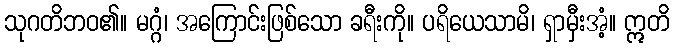
သုဂတိဘဝ၏။ မဂ္ဂံ၊ အကြောင်းဖြစ်သော ခရီးကို။ ပရိယေသာမိ၊ ရှာမှီးအံ့။ ဣတိ